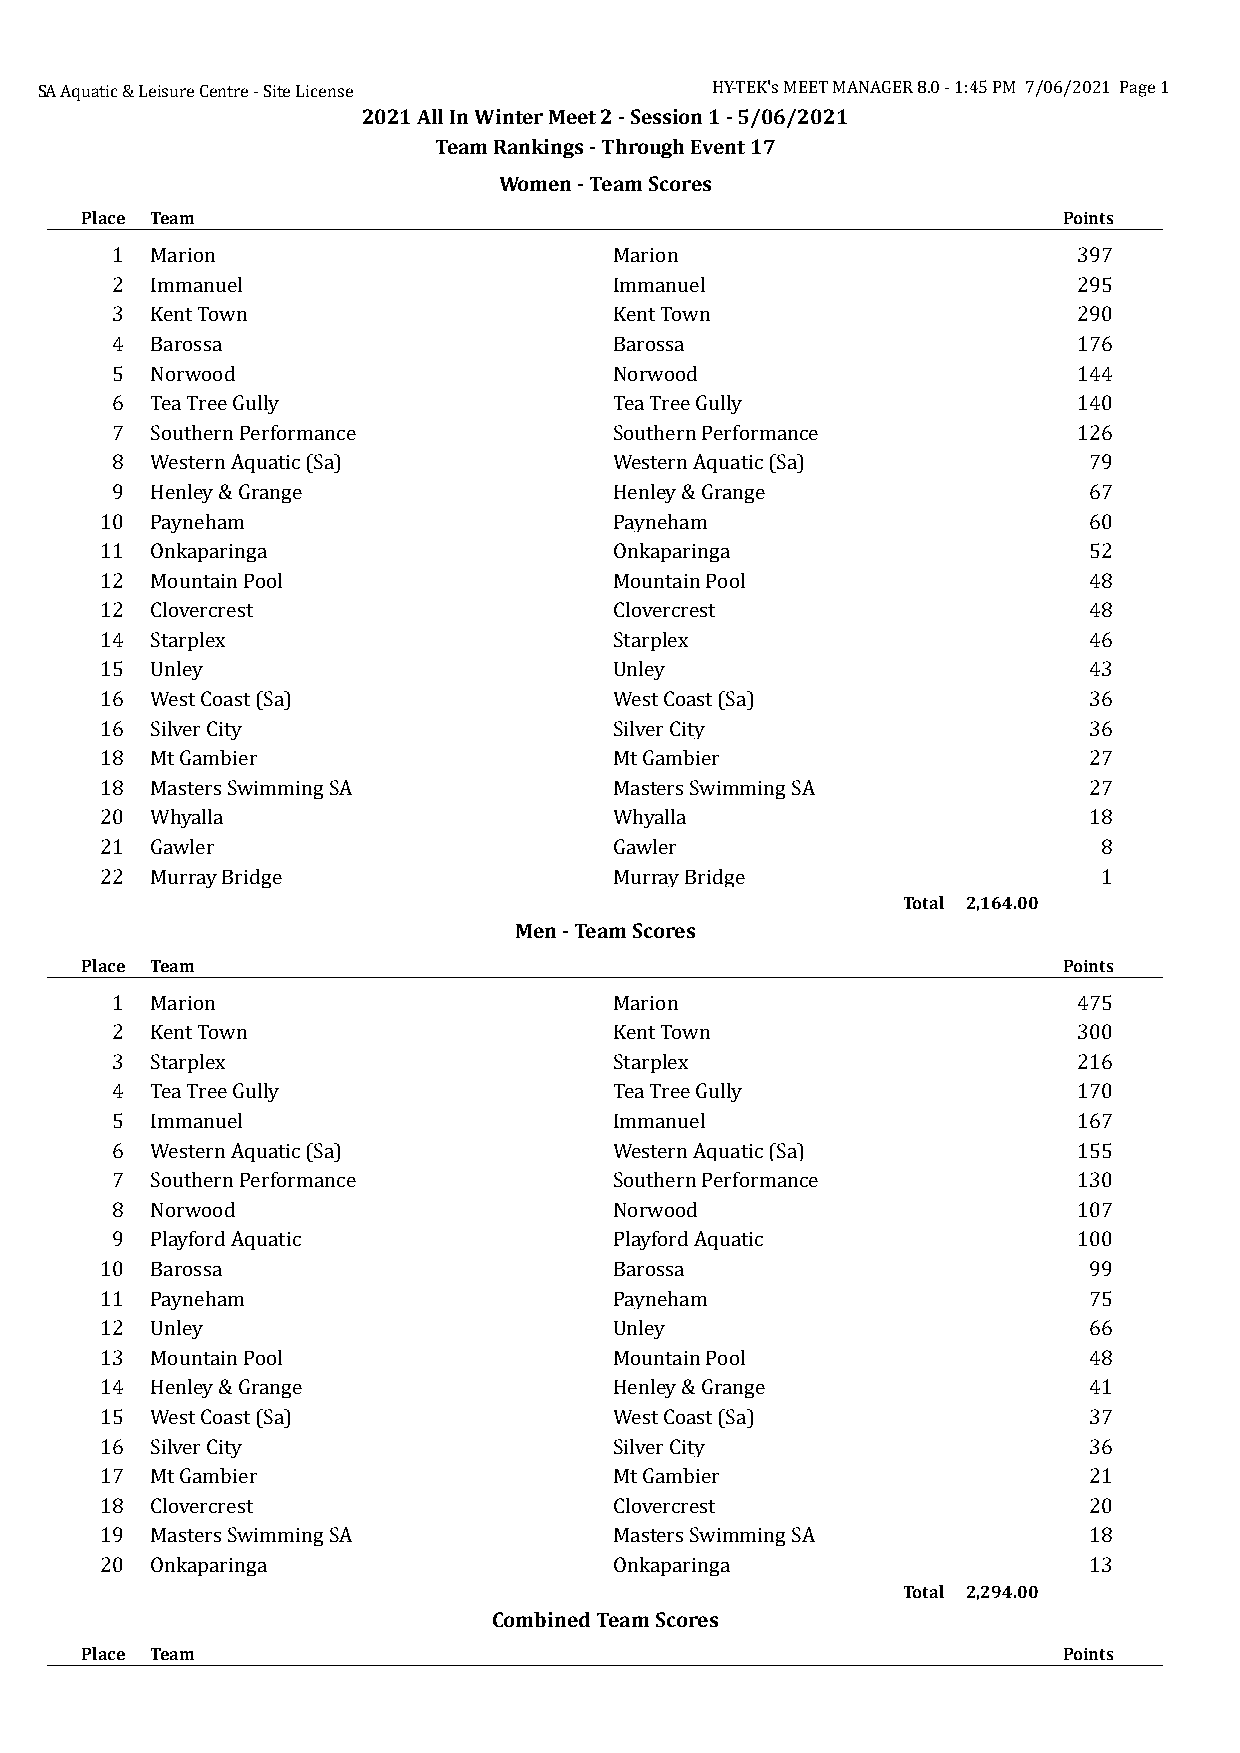
SA Aquatic & Leisure Centre - Site License   HY-TEK's MEET MANAGER 8.0 - 1:45 PM 7/06/2021 Page 1
 2021 All In Winter Meet 2 - Session 1 - 5/06/2021
 Team Rankings - Through Event 17
 Women - Team Scores
 Place Team                                                       Points
 1  Marion                         Marion                        397
 2  Immanuel                       Immanuel                      295
 3  Kent Town                      Kent Town                     290
 4  Barossa                        Barossa                       176
 5  Norwood                        Norwood                       144
 6  Tea Tree Gully                 Tea Tree Gully                140
 7  Southern Performance           Southern Performance          126
 8  Western Aquatic (Sa)           Western Aquatic (Sa)           79
 9  Henley & Grange                Henley & Grange                67
 10 Payneham                       Payneham                       60
 11 Onkaparinga                    Onkaparinga                    52
 12 Mountain Pool                  Mountain Pool                  48
 12 Clovercrest                    Clovercrest                    48
 14 Starplex                       Starplex                       46
 15 Unley                          Unley                          43
 16 West Coast (Sa)                West Coast (Sa)                36
 16 Silver City                    Silver City                    36
 18 Mt Gambier                     Mt Gambier                     27
 18 Masters Swimming SA            Masters Swimming SA            27
 20 Whyalla                        Whyalla                        18
 21 Gawler                         Gawler                          8
 22 Murray Bridge                  Murray Bridge                   1
 Total 2,164.00
 Men - Team Scores
 Place Team                                                       Points
 1  Marion                         Marion                        475
 2  Kent Town                      Kent Town                     300
 3  Starplex                       Starplex                      216
 4  Tea Tree Gully                 Tea Tree Gully                170
 5  Immanuel                       Immanuel                      167
 6  Western Aquatic (Sa)           Western Aquatic (Sa)          155
 7  Southern Performance           Southern Performance          130
 8  Norwood                        Norwood                       107
 9  Playford Aquatic               Playford Aquatic              100
 10 Barossa                        Barossa                        99
 11 Payneham                       Payneham                       75
 12 Unley                          Unley                          66
 13 Mountain Pool                  Mountain Pool                  48
 14 Henley & Grange                Henley & Grange                41
 15 West Coast (Sa)                West Coast (Sa)                37
 16 Silver City                    Silver City                    36
 17 Mt Gambier                     Mt Gambier                     21
 18 Clovercrest                    Clovercrest                    20
 19 Masters Swimming SA            Masters Swimming SA            18
 20 Onkaparinga                    Onkaparinga                    13
 Total 2,294.00
 Combined Team Scores
 Place Team                                                       Points